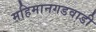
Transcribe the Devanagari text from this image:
महिमानगडवाडी